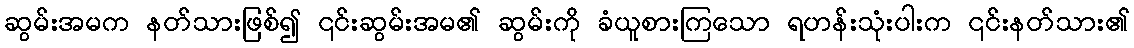
ဆွမ်းအမက နတ်သားဖြစ်၍ ၎င်းဆွမ်းအမ၏ ဆွမ်းကို ခံယူစားကြသော ရဟန်းသုံးပါးက ၎င်းနတ်သား၏